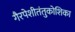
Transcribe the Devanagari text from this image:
गैरपेशीतंतुकोशिका